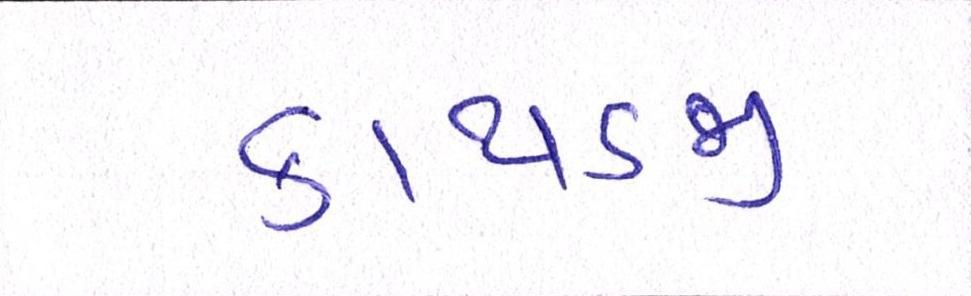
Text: કાથડજી